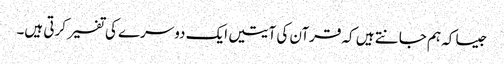
جیسا کہ ہم جانتے ہیں کہ قرآن کی آیتیں ایک دوسرے کی تفسیر کرتی ہیں۔